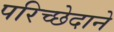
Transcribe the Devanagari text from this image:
परिच्छेदाने